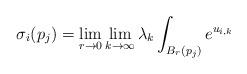
LaTeX: \begin{align*}\sigma_i(p_j)=\lim _{r\rightarrow 0}\lim _{k\rightarrow \infty} \lambda_k \int_{B_r (p_j)} e^{u_{i, k}}\end{align*}